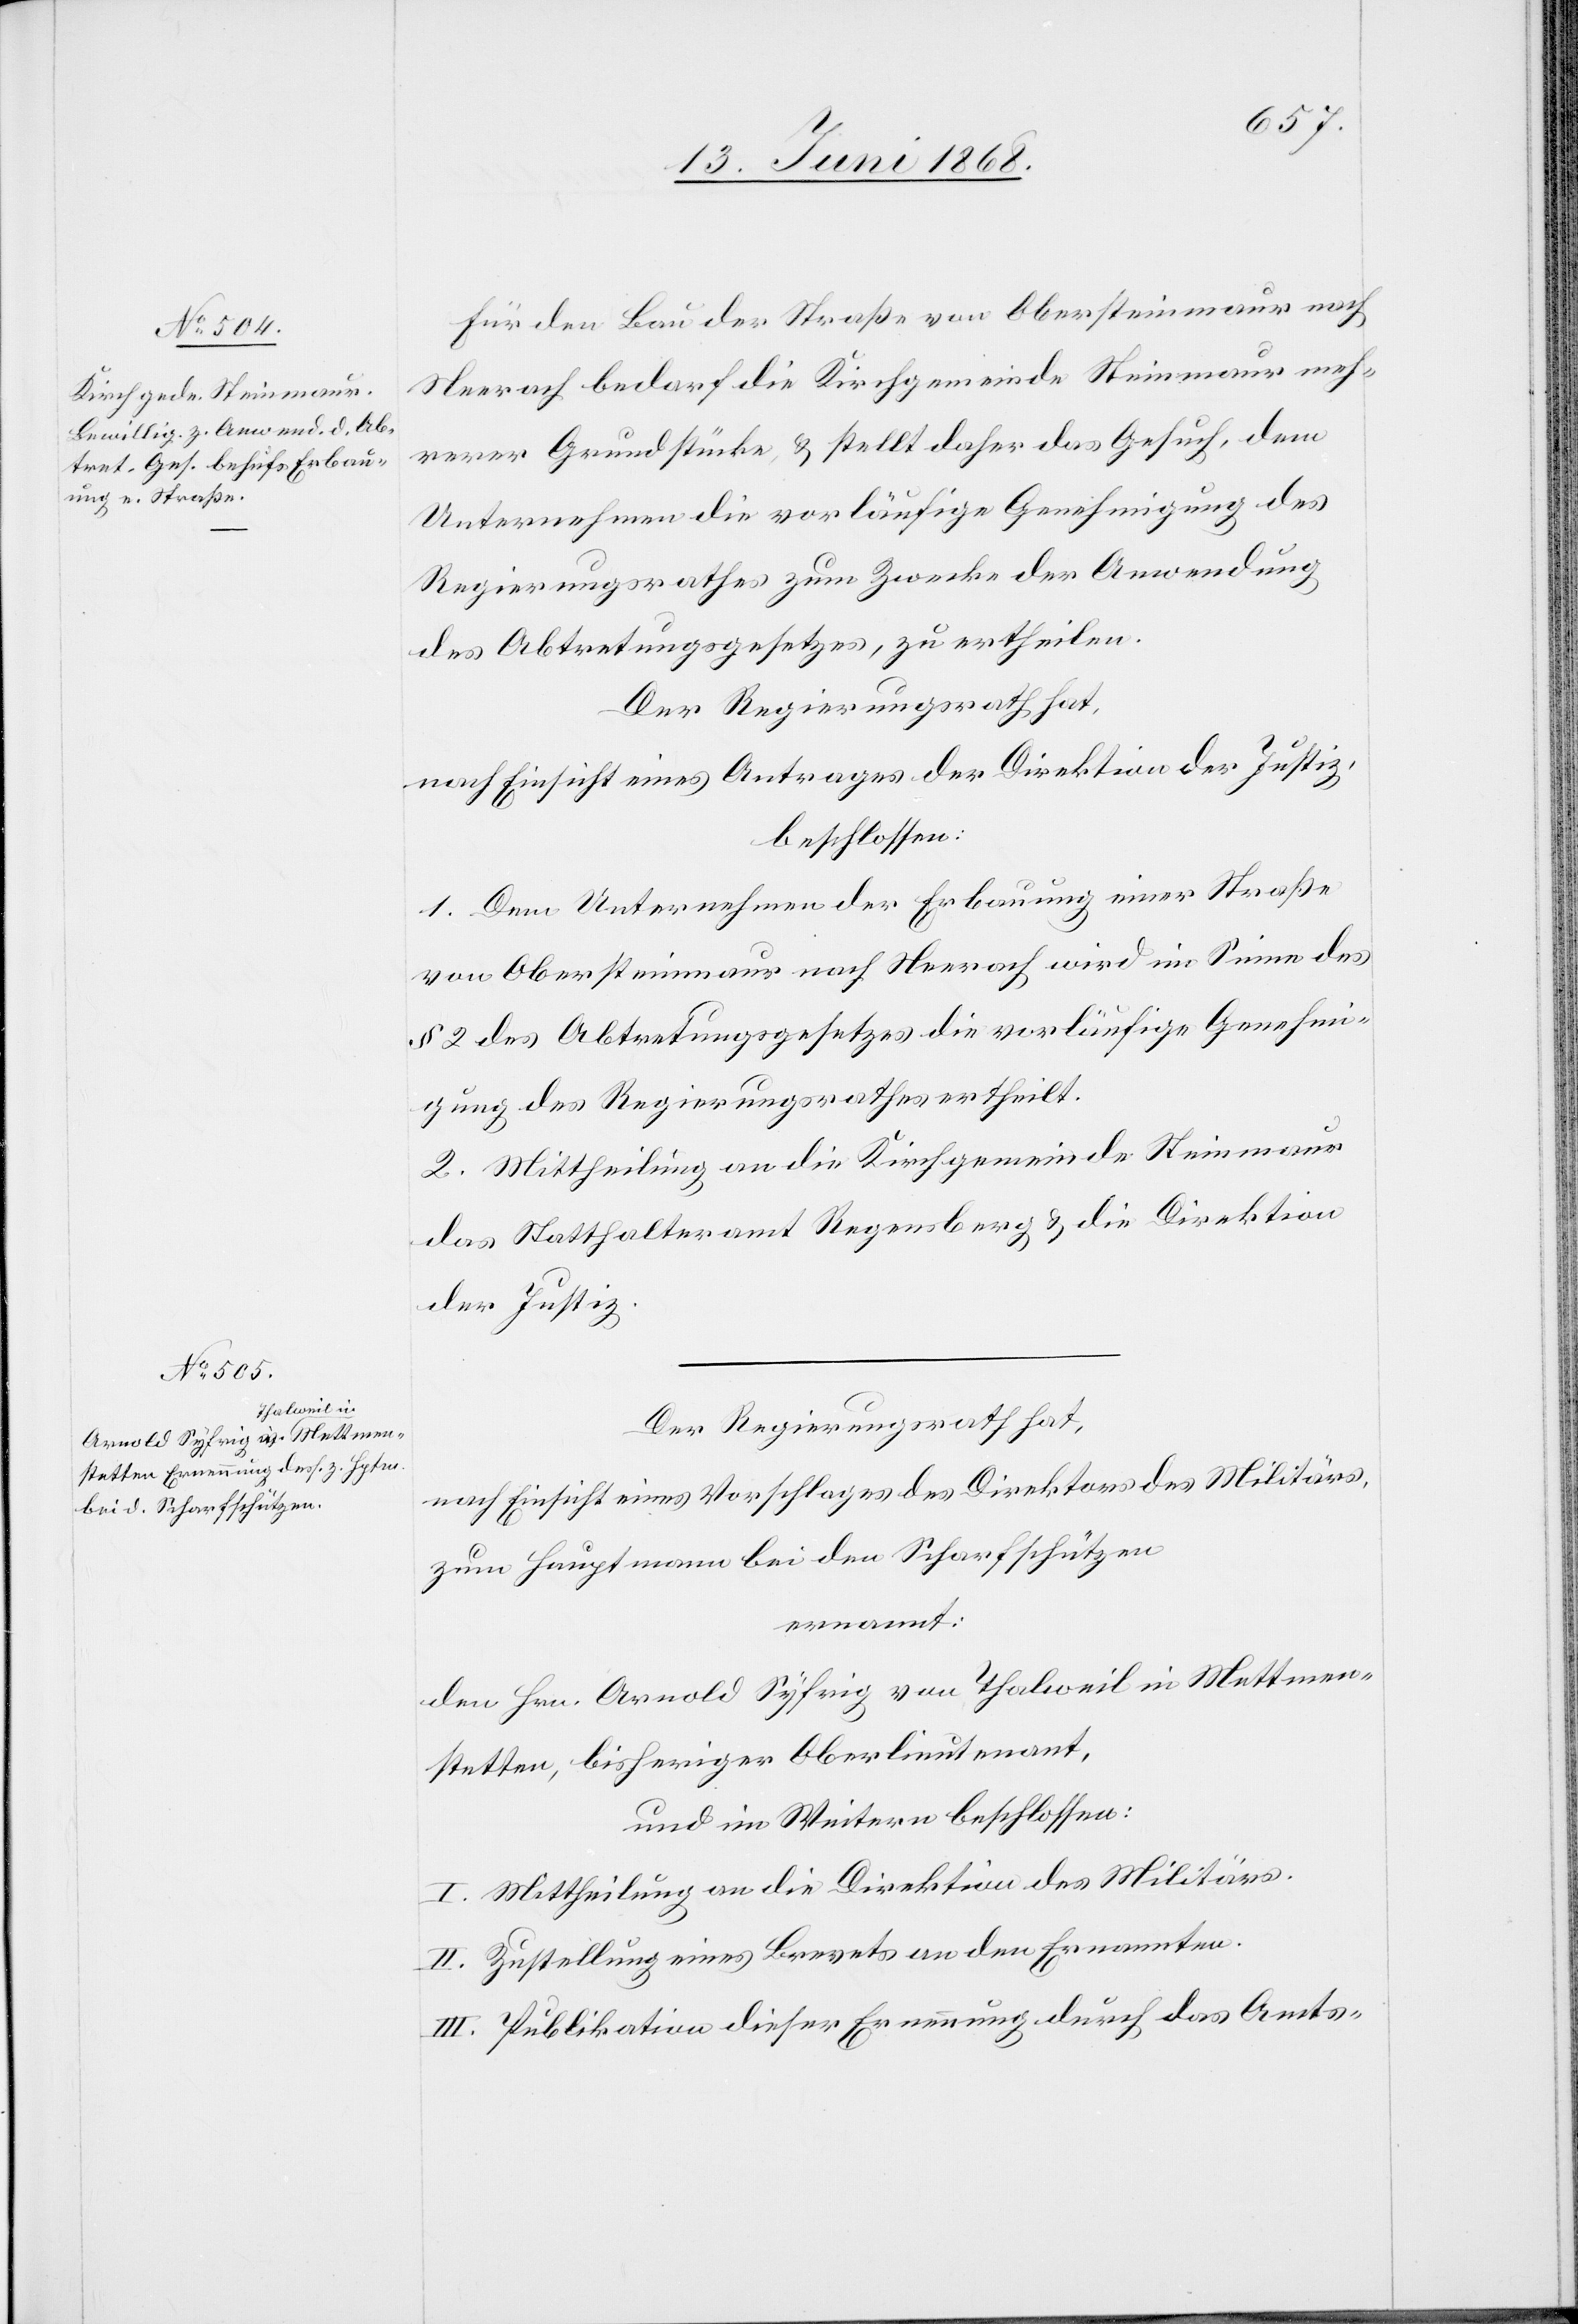
Für den Bau der Straße von Obersteinmaur nach
Neerach bedarf die Kirchgemeinde Steinmaur meh¬
rerer Grundstücke, & stellt daher das Gesuch, dem
Unternehmen die vorläufige Genehmigung des
Regierungsrathes zum Zwecke der Anwendung
des Abtretungsgesetzes, zu ertheilen.
Der Regierungsrath hat,
nach Einsicht eines Antrages der Direktion der Justiz,
beschlossen:
1. Dem Unternehmen der Erbauung einer Straße
von Obersteinmaur nach Neerach wird im Sinne des
§ 2 des Abtretungsgesetzes die vorläufige Genehmi¬
gung des Regierungsrathes ertheilt.
2. Mittheilung an die Kirchgemeinde Steinmaur[,]
das Statthalteramt Regensberg & die Direktion
der Justiz.
Der Regierungsrath hat,
nach Einsicht eines Vorschlages des Direktors des Militärs,
zum Hauptmann bei den Scharfschützen
ernannt:
den Hrn. Arnold Syfrig von Thalweil in Mettmen¬
stetten, bisheriger Oberlieutenant,
und im Weitern beschlossen:
I. Mittheilung an die Direktion des Militärs.
II. Zustellung eines Brevets an den Ernannten.
III. Publikation dieser Ernennung durch das Amts-